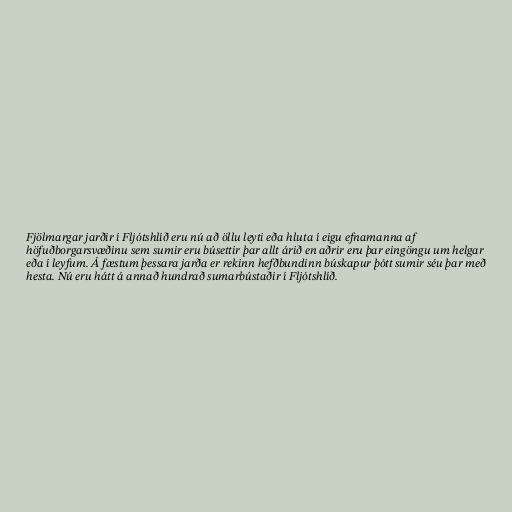
Fjölmargar jarðir í Fljótshlíð eru nú að öllu leyti eða hluta í eigu efnamanna af
höfuðborgarsvæðinu sem sumir eru búsettir þar allt árið en aðrir eru þar eingöngu um helgar
eða í leyfum. Á fæstum þessara jarða er rekinn hefðbundinn búskapur þótt sumir séu þar með
hesta. Nú eru hátt á annað hundrað sumarbústaðir í Fljótshlíð.